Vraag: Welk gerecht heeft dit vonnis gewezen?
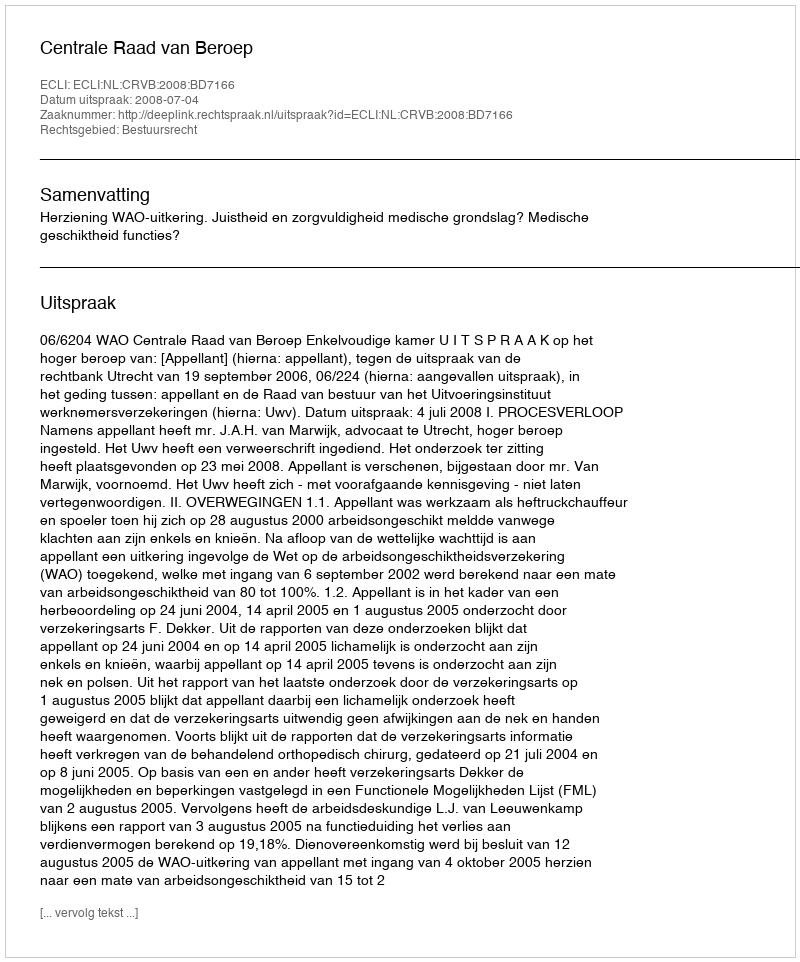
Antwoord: Centrale Raad van Beroep